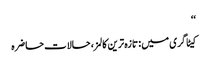
‘‘
کیٹاگری میں : تازہ ترین کالمز، حالات حاضرہ